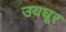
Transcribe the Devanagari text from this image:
उयघूर